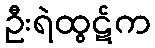
ဦးရဲထွဋ်က